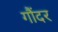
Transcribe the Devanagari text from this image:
गौंदर